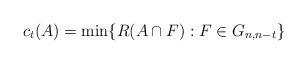
LaTeX: \begin{align*}c_t(A)=\min\{R(A\cap F) : F \in G_{n,n-t}\}\end{align*}